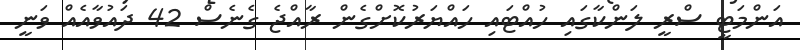
އަންމަޓީ ސްރީ ލަންކާގައި ހުއްޓައި ހައްޔަރުކޮށްގެން ރާއްޖެ ގެނެސް 42 ދައުވާއެއް ވަނީ